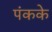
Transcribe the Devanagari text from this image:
पंकके